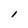
Character: l